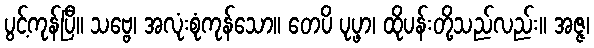
ပွင့်ကုန်ပြီ။ သဗ္ဗေ၊ အလုံးစုံကုန်သော။ တေပိ ပုပ္ဖာ၊ ထိုပန်းတို့သည်လည်း။ အဇ္ဇ၊